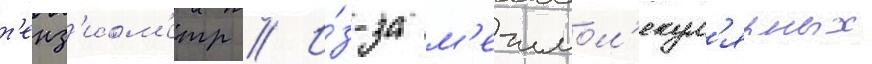
т'енз'иом'етр // И́з-за м'ежмол'екул'ярных